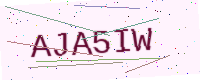
Text: AJA5IW